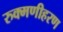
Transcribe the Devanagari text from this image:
रुक्मणीहरण